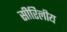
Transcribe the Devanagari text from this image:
सीरिलीय